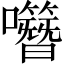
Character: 𡅎